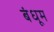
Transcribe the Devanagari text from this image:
बंधूम